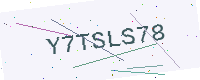
Text: Y7TSLS78